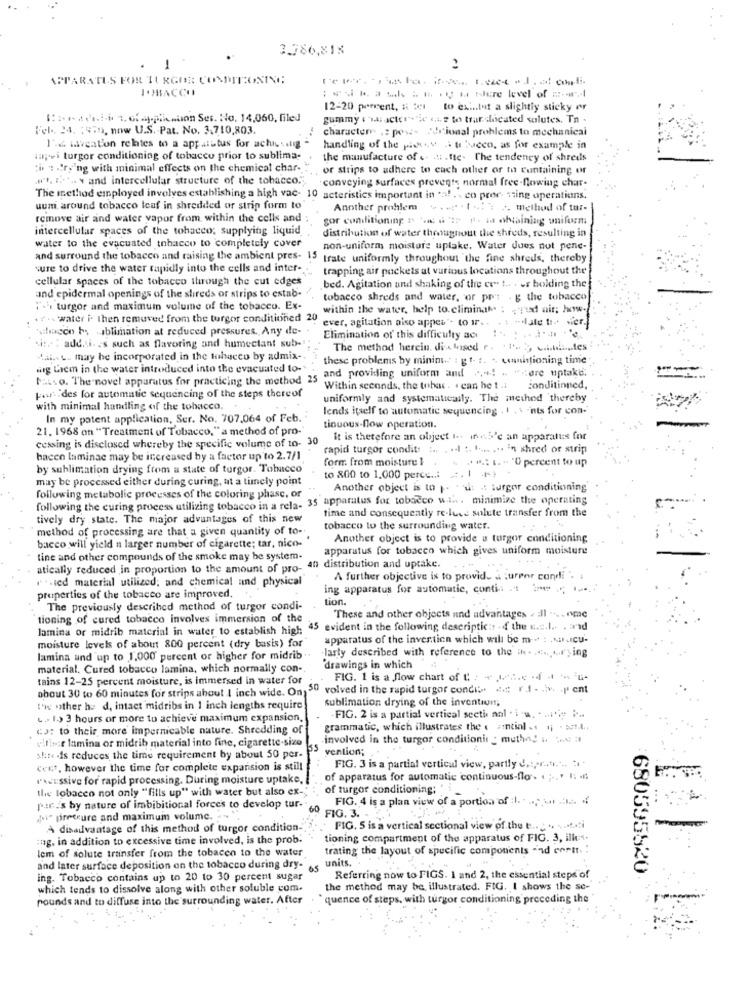
3.786,81%
?
APPARATUS FOR TURGOR CONDITIONING
TOBACCO
12-20 percent, s 2x1 to exitut a slightly sticky ør
::: i.i-i , ofapplication Ses. No. 14,060, filed
gummy ( 'w: actor"wie die to trar dicated salutes. Tn .
Vel .. 24. : 479, now U.S .- Pat. No. 3.710,803.
character .: posz- Prional problems to mechanical
-.
1'.& Liveation relates to a appatitus for achiusilig
handling of the pisy à tobacco, as for example in
mapei turgor conditioning of tobacco prior to sublima-
the manufacture of .- 4 .ttc- The tendency of shreds
ti : . rying with minimal effects on the chemical char-
or strips to adhere to each other or th containing er
pl. I.' .. \ and intercellular structure of the tobacco."
conveying surfaces prevents normal free-flowing char-
The method employed involves establishing a high vac- 10 acteristics important in a! .. co pror- sting operations.
uuni around tobacco leaf in shredded of strip form to
Another problem ..... . I ... : /. method of tur-
remove air and water vapor from within the cells and
gor conditioning n ' &':2 f. ia obtaining uniform
intercellular spaces of the tobacco; supplying liquid
distribution of water throughout the shreds, resulting in
water to the evacuated tobacco to completely cover
non-uniform moisture uptake. Water Jues not pene-
and surround the tobacco and raising the ambient pres- 15 trate uniformly throughout the fine shreds, thereby
sure to drive the water rapidly into the cells and inter -..
trapping air pockets at various locations throughout the
cellular spaces of the tobacco through the cut edges
and epidermal openings of the shireds or strips to estab.
.bed. Agitation and shaking of the co" t .. . or holding the
tobacco shreds and water, or ppt . g the tobacco
"+i turgor and maximum volume of the tobacco. Ex-
within the water, help to eliminate : jud air; how-
. .... water i. then removed from the turgor conditioned 20
ever, agitation also appes" to ir .. . : - lale ti vier.
schacco bs -ablimation at reduced pressures. Any de-
Elimination of this difficulty acı
site : add. i. s such as flavoring and humectant sub-
The method herein. die based .. . "'. 3, e ... toutes
it may be incorporated in the tobacco by admix-
these problems by minim : gt. :. " conitioning time
Passo. The novel apparatus for practicing the method 25 and providing uniform and ...! . "cere uptake.
mig Liem in the water introduced into the evacuated to-
Within seconds, the tobac . . can het .:
Bonditinned,
Fait des for automatic sequencing of the steps thereof
uniformly and systematically. The method thereby
with minimal handling of the tobacco.
lends itself to automatic sequencing . 1 . \ 'nts for con-
In my patent application, Ser. No. 707.064 of Feb.
21. 1968 on "Treatment of Tobacco," a method of pro-
tinuous-flow operation.
It is therefore an object ... in a5'e an apparatus for
cessing is disclosed whereby the specific volume of 10- 30
rapid turgor condit
. .... .. ........ 'n shred or strip
hacen laminae may be increased by a factor up to 2.7/1
form from moisture }
" " .; I .- "0 percent to up
by sublimation drying from a state of turgor. Tobacco
may be processed either during curing, at a timely point
to 800 to 1.000 perce ..:
Another object is to p. - wi .: turgor conditioning
following metabolic processes of the coloring phase, or
following the curing process utilizing tobacco in a rela- 35 apparatus for tobacco w.in. minimize the operating
time and consequently relaxe solute transfer from the
tively dry state. The major advantages of this new
method of processing are that a given quantity of to-
tobacco to the surrounding water.
Another object is to provide u turgor conditioning
bacco will yield n larger number of cigarette; tar, nico-
apparatus for tobacco which gives uniform moisture
tine and other compounds of the smoke may be system-
atically reduced in proportion to the amount of pro- 40 distribution and uptake.
v.sied material utilized; and chemical and physical
A further objective is to provide a :
afPor cond
ing apparatus for automatic, contis .:
properties of the tobacco are improved.
ion.
The previously described method of turgor condi-
tioning of cured tobacco involves immersion of the
These and other objects and advantages . all "
lamina or midrib material in water to establish high
. 45 evident in the following descriptic: of the c.o.l. . and
apparatus of the invention which will be m -- : . A.Icu-
moisture levels of about 800 percent (dry basis) for
larty described with reference to the i. ......... 'ying
lamina and up to 1,000 percent or higher for midrib.
material. Cured tobacco lamina, which normally con-
drawings in which
tains 12-25 percent moisture, is immersed in water for
FIG. 1 is a flow chart of t : + 1. .. e .f 4 -
about 30 to 60 minutes for strips about I inch wide. On
n 50 volved in the rapid turgor condis < r i - iv. . pent
sublimation drying of the invention;
I'm other he d, intact midribs in 1 inch lengths require
L .. 1.> 3 hours or more to achieve maximum expansion,
-FIG. 2 is a partial vertical secti nal . i -a. . .. ..
c): to their more impernicable nature. Shredding of
grammatic, which illustrates the « antial .s .j . aut ....
ellis:t lamina or midrib material into fine, cigarette-size
involved in the turgor conditionis : method i. b. :
vention;
shte dis reduces the time requirement by about 50 per-
cet, however the time for complete expansion is still
FIG. 3 is a partial vertical view, partly det, r ....... ..
rwcussive for rapid processing. During moisture uptake,
of apparatus for automatic continuous-flo. . ;... I:
the tobacco not only "fills up" with water but also ex-
of turgor conditioning;
FIG. 4 is a plan view of a portion of :I. . ... ... ..... .
pur 's by nature of imbibitional forces to develop tur- 60
pressure and maximum volume. .. ",
FIG. 3. - ....
À disadvantage of this method of turgor condition-
FIG. 5 is a vertical sectional view of the b .. . ....... i
ng. in addition to excessive time involved, is the prob.
tioning compartment of the apparatus of FIG. 3, illes.
lem of solute transfer from the tobacen to the water
trating the layout of specific components "nd cornr. :
units.
and later surface deposition on the tobacco during dry- 65
680595820
ing. Tobacco contains up to 20 to 30 percent sugar
Referring now to FIGS. 1 and 2, the essential steps of
which tends to dissolve along with other soluble com.
the method may be illustrated. FIG. I shows the se-
pounds and to diffuse into the surrounding water. After
quence of steps, with turgor conditioning preceding the